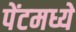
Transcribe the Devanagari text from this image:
पेंटमध्ये